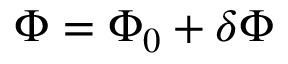
\Phi = \Phi _ { 0 } + \delta \Phi